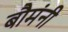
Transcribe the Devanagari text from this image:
बौमंनी